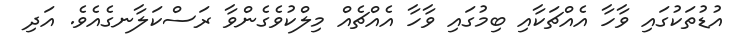
އުޑުތަކުގައި ވާހާ އެއްޗަކާއި ބިމުގައި ވާހާ އެއްޗެއް މިލްކުވެގެންވާ ރަސްކަލާނގެއެވެ. އަދި